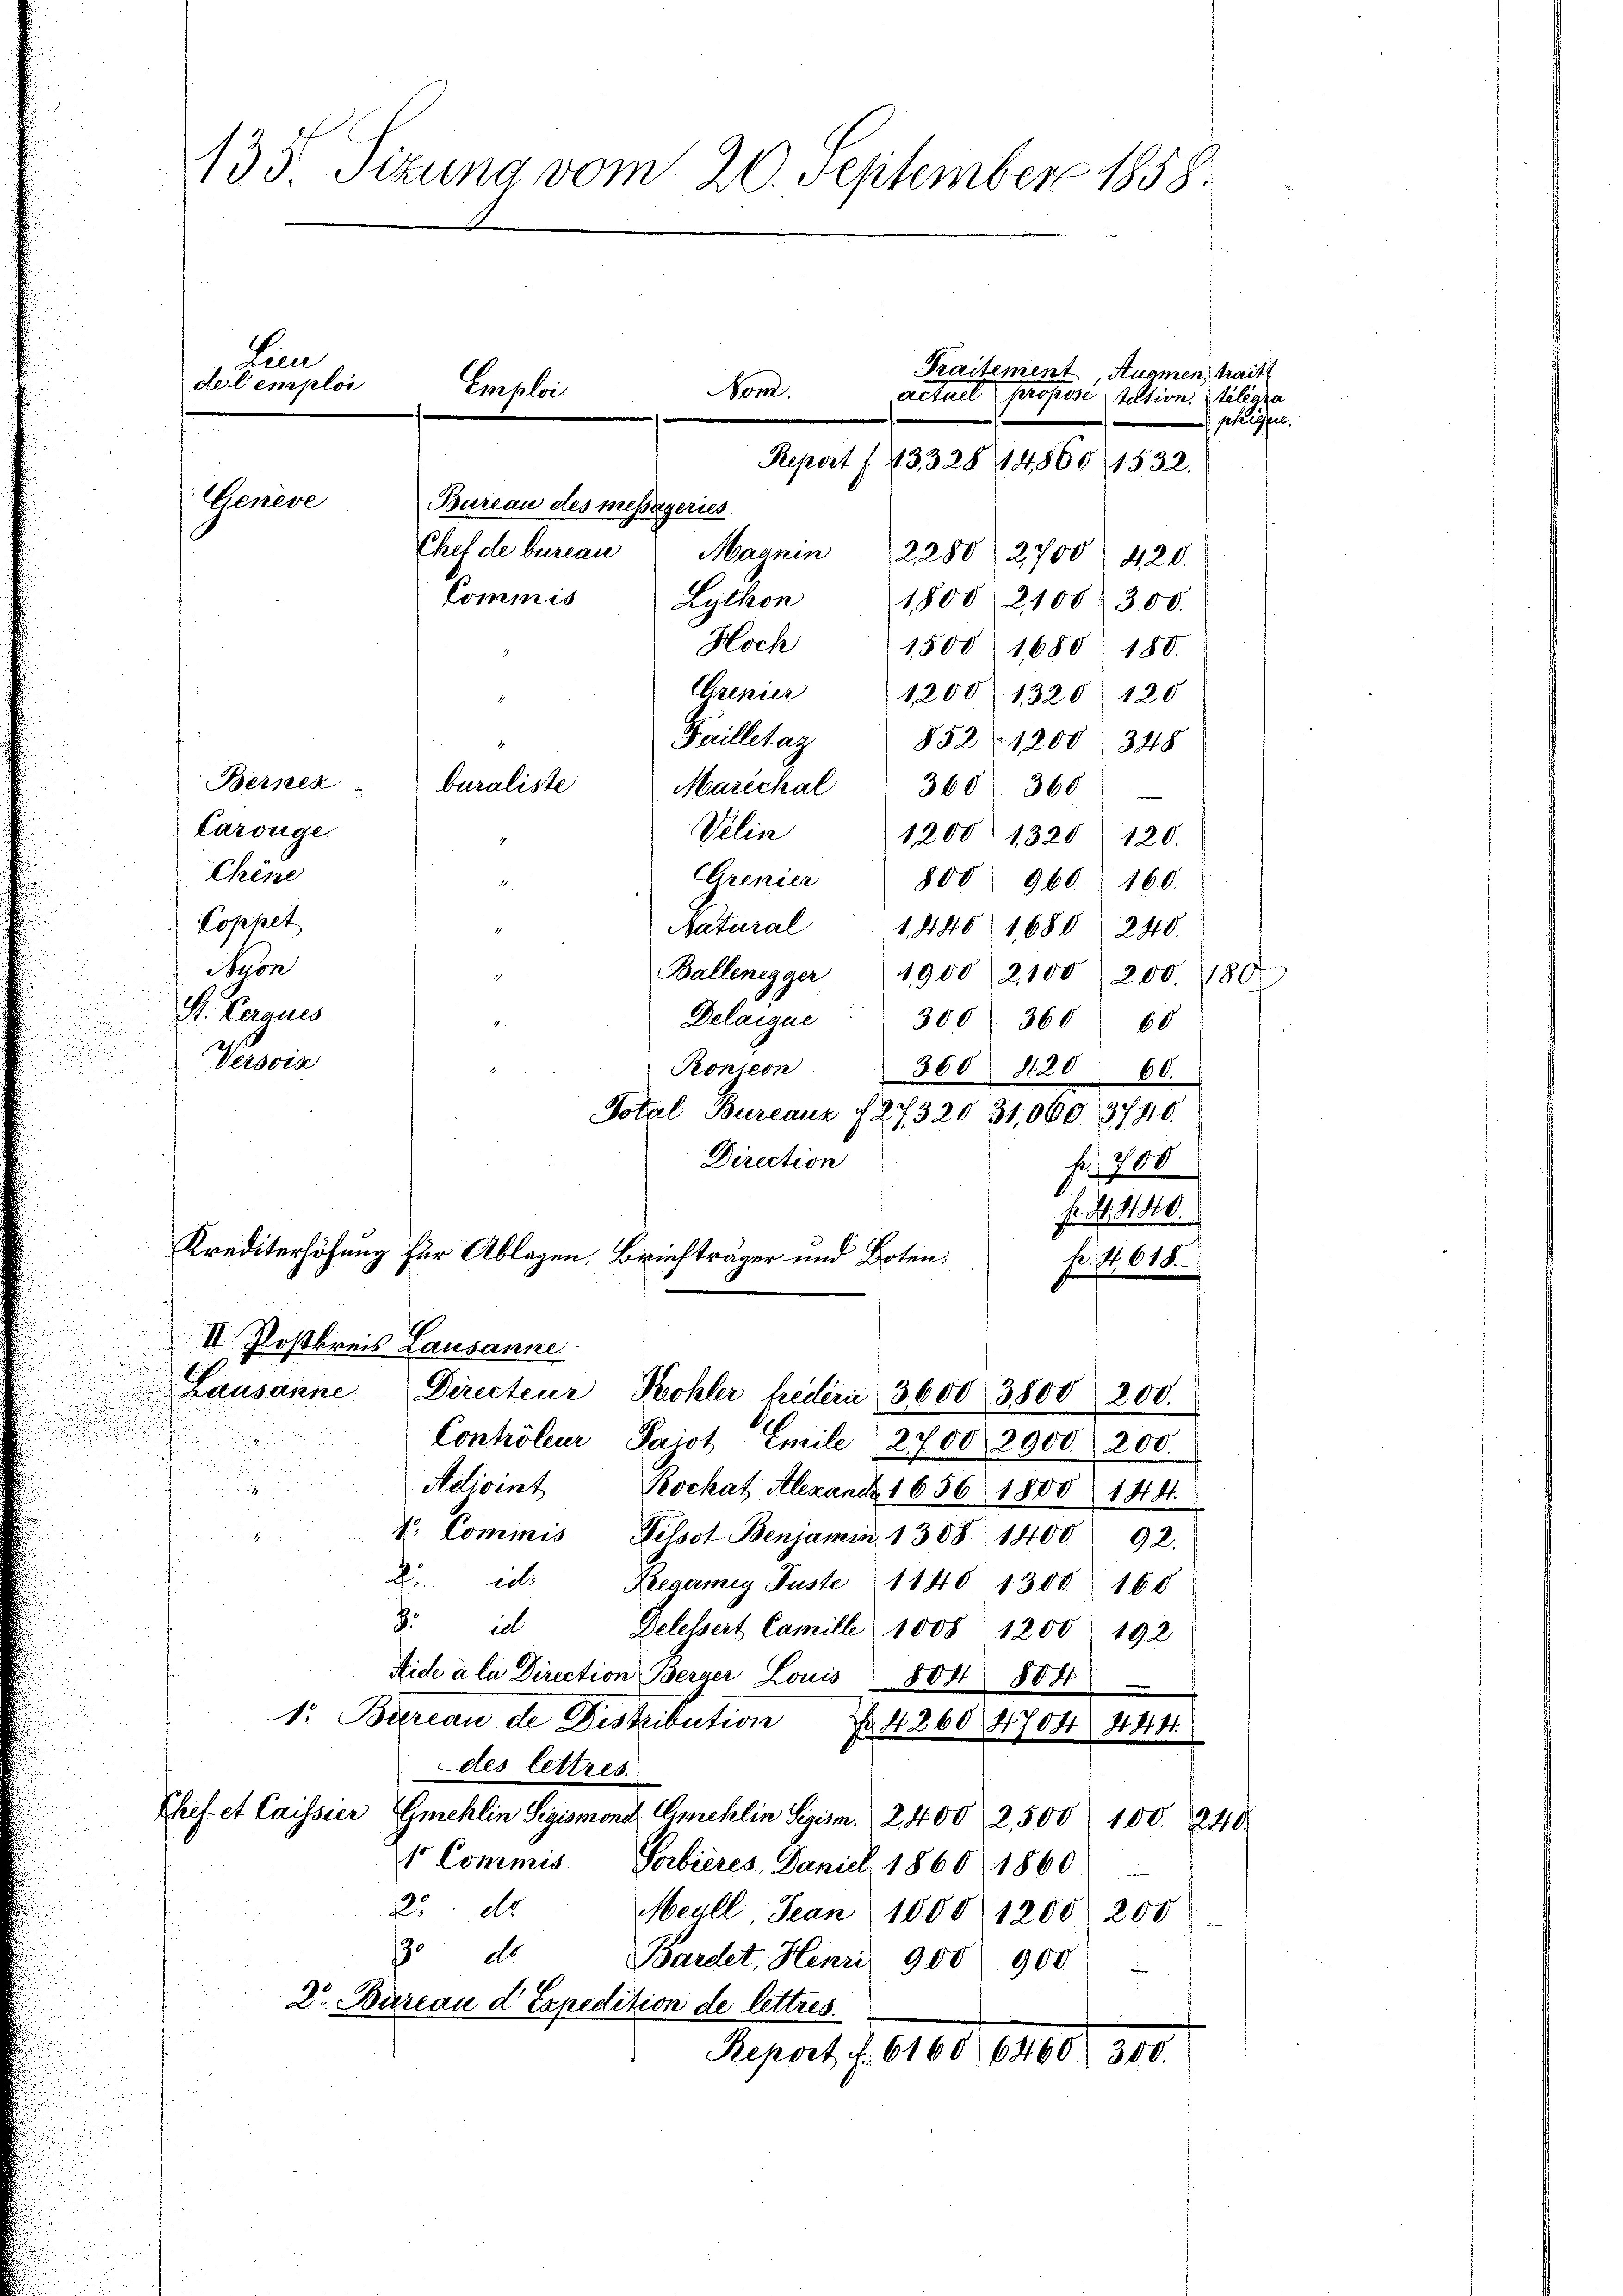
Berneh
buraliste
Carouge.
Chine
1
Cophet
Syon
A. Vergnes
Versin

135 Sizung vom 20. September 1858.

Len
de l’emploi
Genève

1800 (2100. 300.
1500 1680. 180.
1200 1320 120
Failletaz 852 (1200. 348
1200. 1320 120.
Crenier 800 960. 160.
1,440. 1680 (240.
Ballenegger 1900 2,100 200. 180
Delaigue " 300. 360 60
Ponieon
360. 420 60.
Total Bureaus § 27320 31,000. 3740.
Direction
fr. 1700
Fr. S. 1910.
fi. S. 618.

s
Adivint Rochat Alexanck, 1656. 1800 1441.
1. Commis Pilsot Benjamin 1308 1400 92.
4
2. d. Regamey Puste 1140. 1300 160
8 i
Delessert Camille 1008 1200. 192
Aide à la Direction Berner Louis 804 804
1: Bureau de Distribution Nr. 4260 4704 444.
des lettres.
Chef et Cassier Gmehlin Sigismond Gmehlin Sigism. 2400 2,500 100. 240
1 Commis Vorbières, Daniel 1860 1860
225. ds.
Meull Jean 1000 1200 200
.
dto.
Bardet, Henri 900. 900
Dr. Bureau d Expedition de lettres.
Report f. 8100. 19160 f 300.

Emploi
Nom
Bureau des messageries

Chef de bureau Magnin 2280 2700. 420.
Commis Lython
Hoch
Crenier
Marechal 360 360
Velin
Natural

Krediterhöhung für Ablagen, Briefträger und Boten.
II Postkreis Lausanne
Lausanne Directeur, Bohler freiern 3600. 3800 200.
Contrôleur Pajot Emile 2700 2900. 200.

Traitement
Auamen, trait
actuel professi station. Seligra
gekessen.
Repert (13328 44860 (1532.